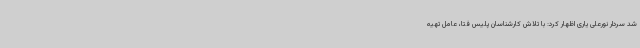
شد سردار نورعلی یاری اظهار کرد: با تلاش کارشناسان پلیس فتا، عامل تهیه